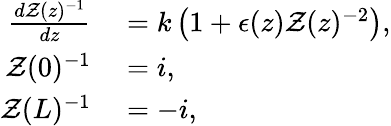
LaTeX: \begin{array}{rl}{\frac{d\mathcal{Z}(z)^{-1}}{dz}}&{{}=k\left(1+\epsilon(z)\mathcal{Z}(z)^{-2}\right),}\\ {\mathcal{Z}(0)^{-1}}&{{}=i,}\\ {\mathcal{Z}(L)^{-1}}&{{}=-i,}\end{array}